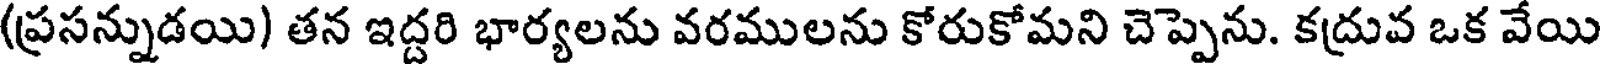
(ప్రసన్నుడయి) తన ఇద్దరి భార్యలను వరములను కోరుకోమని చెప్పెను. కద్రువ ఒక వేయి